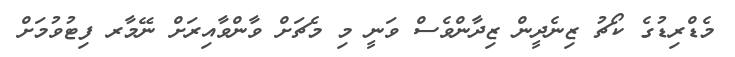
މެޑްރިޑުގެ ކޯޗު ޒިނެދީން ޒިދާންވެސް ވަނީ މި މެޗަށް ވާންވާއިރަށް ނޭމާރ ފިޓުވުމަށް